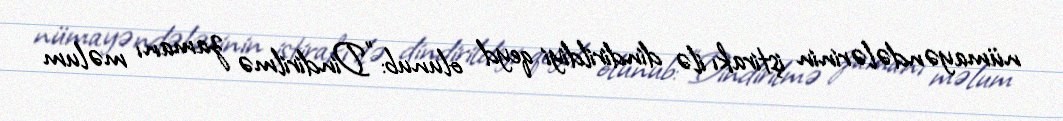
nümayəndələrinin iştirakı ilə dindirildiyi qeyd olunub: "Dindirilmə zamanı məlum